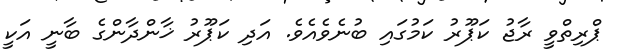
ޕްރިތްވީ ރާޖު ކަޕޫރު ކަމުގައި ބުނެވެއެވެ. އަދި ކަޕޫރު ޚާންދާންގެ ބާނީ އަކީ